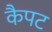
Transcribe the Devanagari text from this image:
कैपट